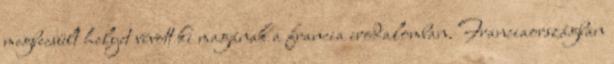
megbecsült helyet vívott ki magának a francia irodalomban. Franciaországban